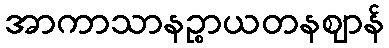
အာကာသာနဉ္စာယတနဈာန်